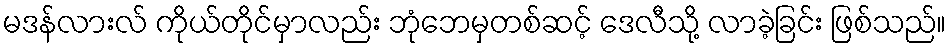
မဒန်လားလ် ကိုယ်တိုင်မှာလည်း ဘုံဘေမှတစ်ဆင့် ဒေလီသို့ လာခဲ့ခြင်း ဖြစ်သည်။